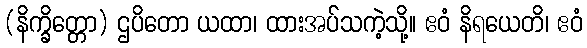
(နိက္ခိတ္တော) ဌပိတော ယထာ၊ ထားအပ်သကဲ့သို့။ ဧဝံ နိရယေတိ၊ ဧဝံ